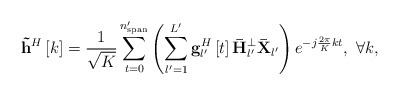
\begin{align*} {{{\bf{\tilde h}}}^H}\left[ k \right] = \frac{1}{{\sqrt K }}\sum\limits_{t = 0}^{{n'_{{\rm{span}}}}} {\left( {\sum\limits_{l' = 1}^{L'} {{\bf{g}}_{l'}^H\left[ t \right]{\bf{\bar H}}_{l'}^ \bot {{{\bf{\bar X}}}_{l'}}} } \right){e^{ - j\frac{{2\pi }}{K}kt}}} , \ \forall k, \end{align*}